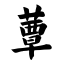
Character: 蕈